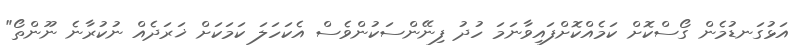
އަޅުގަނޑުމެން ގޯސްކޮށް ކަމެއްކޮށްފައިވާނަމަ ހުދު ފިނޭންސަކުންވެސް އެކަހަލަ ކަމަކަށް ޚަރަދެއް ނުކުރާނެ ނޫންތޯ"